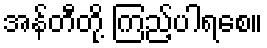
အန်တီတို့ ကြည့်ပါရစေ။